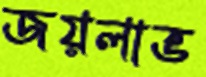
জয়লাভ